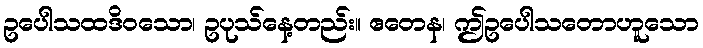
ဥပေါသထဒိဝသော၊ ဥပုသ်နေ့တည်း။ ဧတေန၊ ဤဥပေါသတောဟူသော